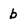
Character: b